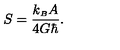
S = { \frac { k _ { \scriptscriptstyle B } A } { 4 G \hbar } } .